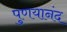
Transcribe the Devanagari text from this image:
पुणयानंद